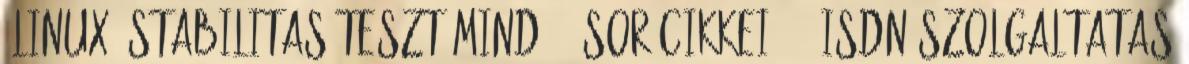
LINUX stabilitas teszt mind 23 sor cikkei 53. ISDN-szolgaltatas